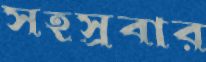
সহস্রবার